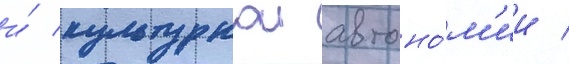
и́ культурнои автоно́м'ии /